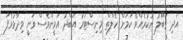
އަދި ގަބޫލު ނުކުރެއްވޭ ކަމަށް ހެލްތް މިނިސްޓަރު އަބްދު އަމީންވެސް ވަނީ ވިދާޅުވެފަ